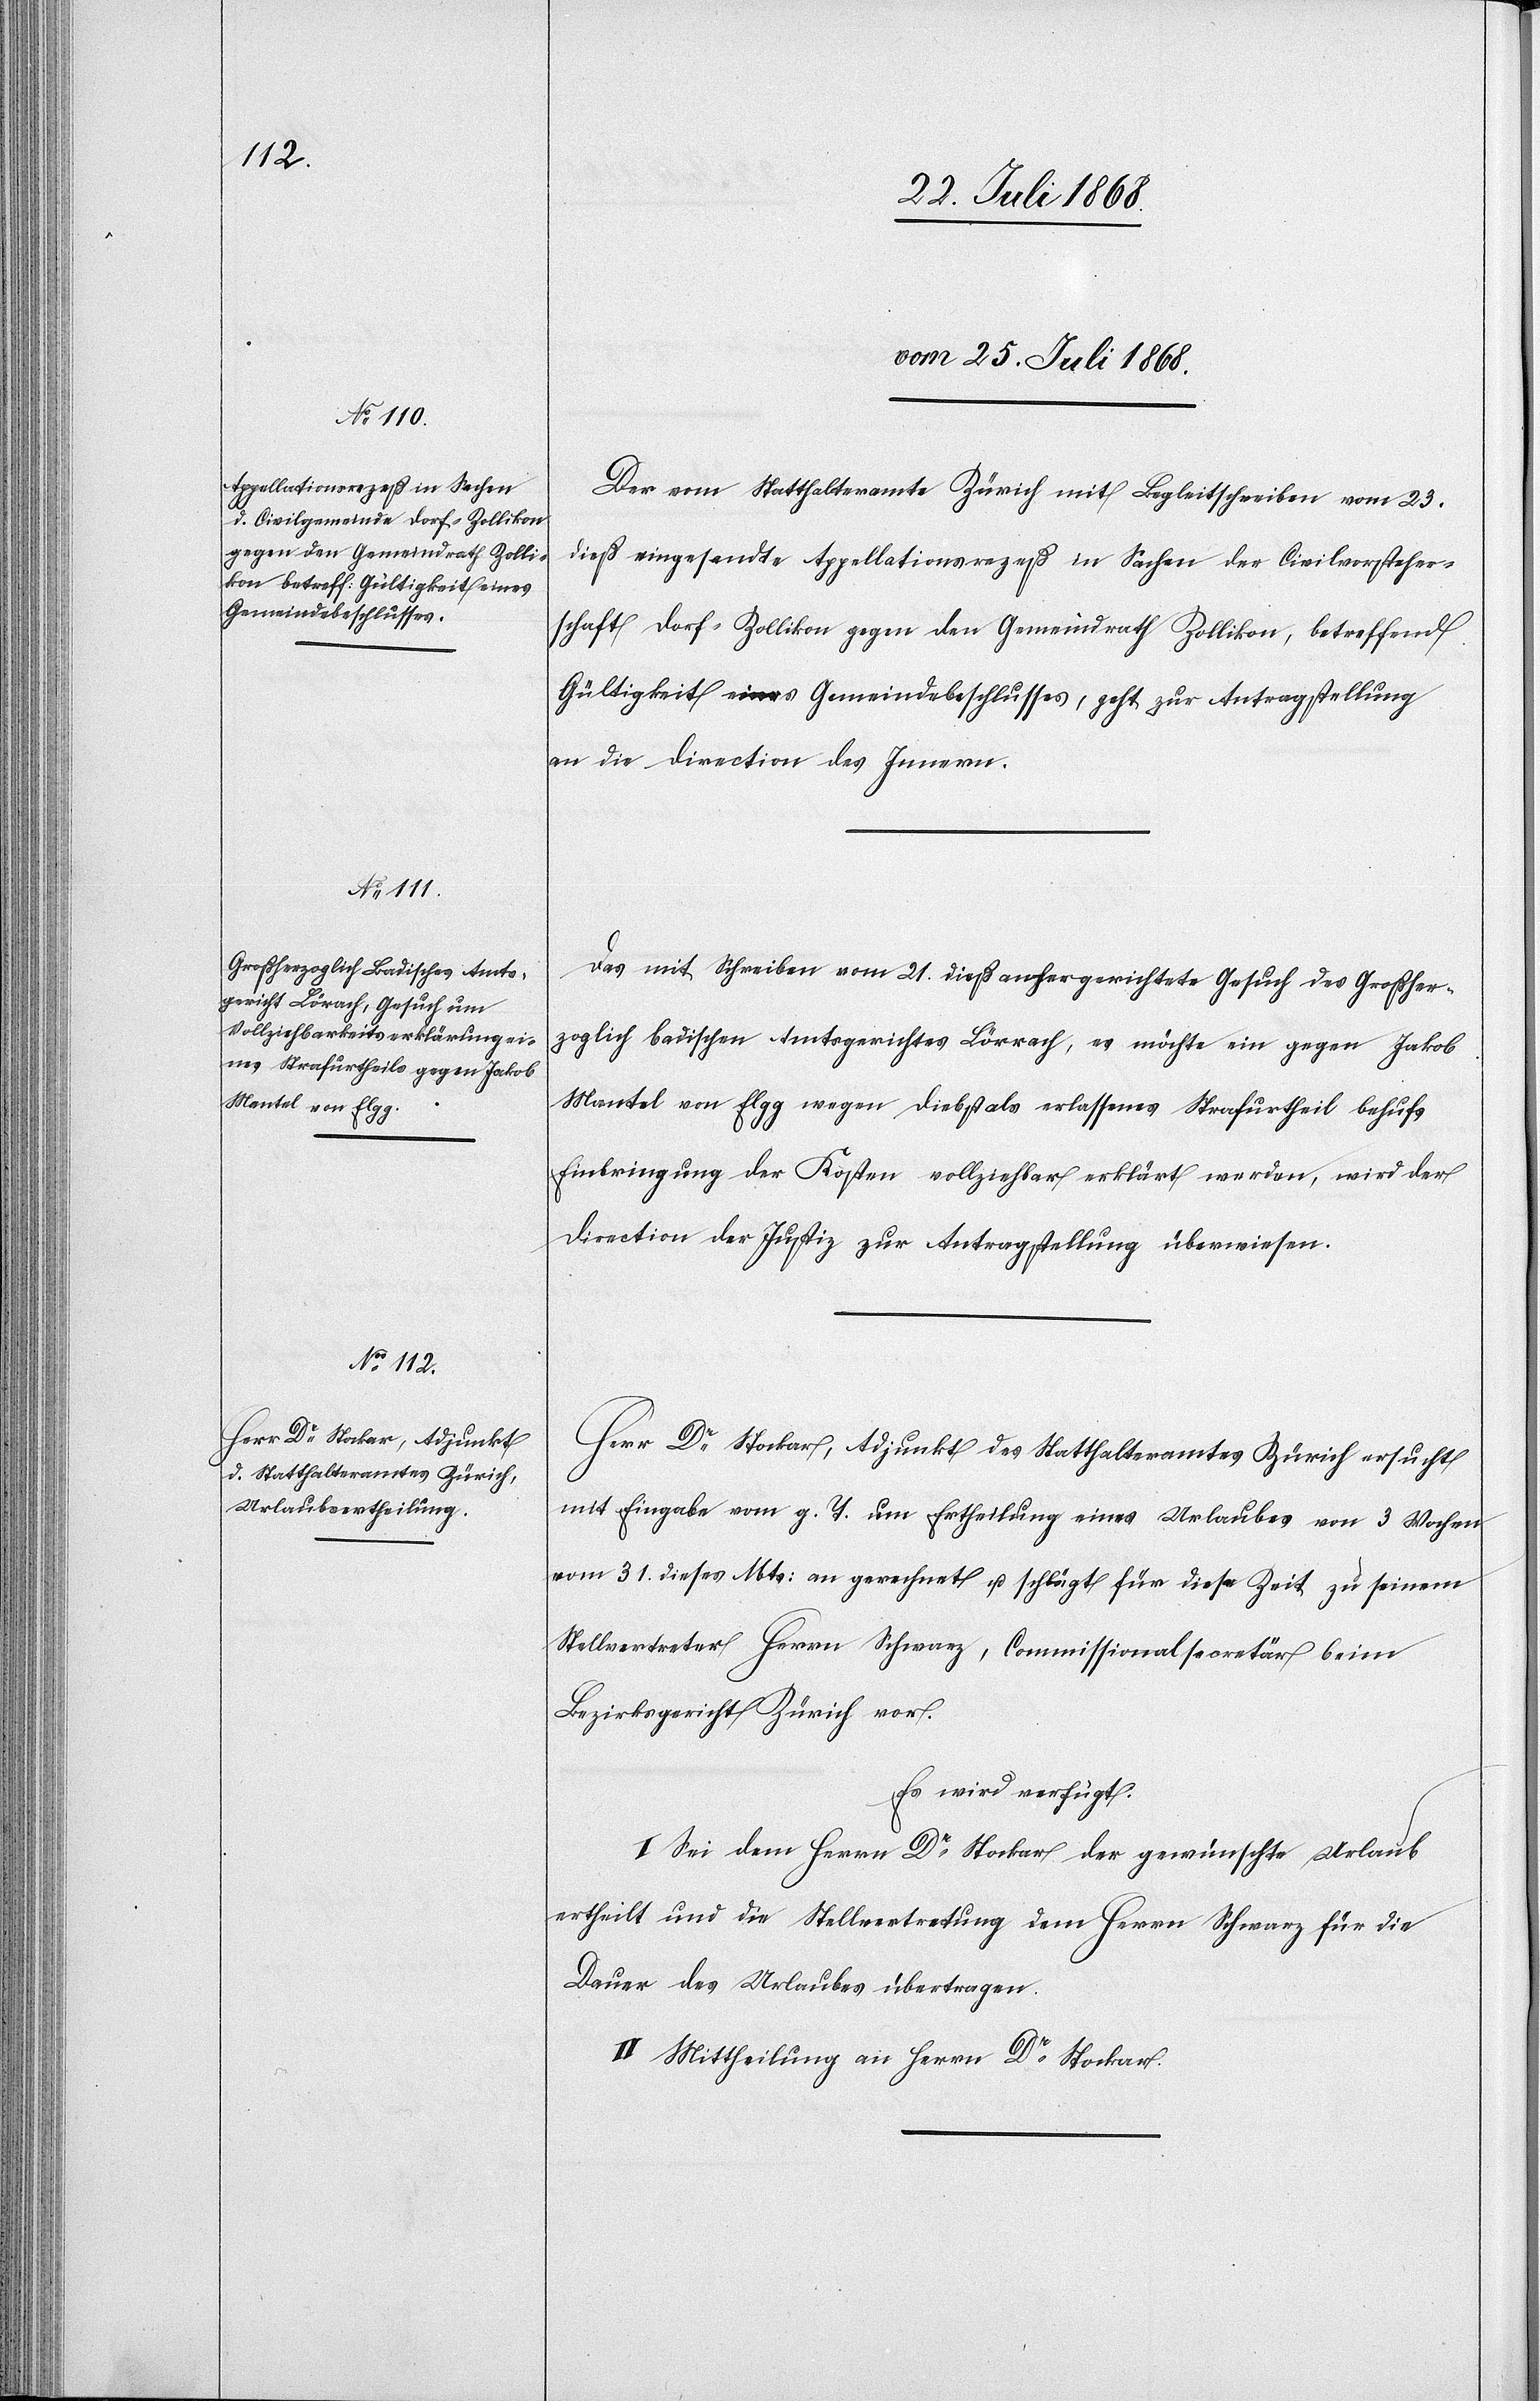
vom 25. Juli 1868.]
Der vom Statthalteramte Zürich mit Begleitschreiben vom 23.
dieß eingesandte Appellationsrezeß in Sachen der Civilvorsteher¬
schaft Dorf - Zollikon gegen den Gemeindrath Zollikon, betreffend
Gültigkeit eines Gemeindebeschlusses, geht zur Antragstellung
an die Direction des Innern.
Das mit Schreiben vom 21. dieß anhergerichtete Gesuch des Großher¬
zoglich badischen Amtsgerichtes Lörrach, es möchte ein gegen Jakob
Mantel von Elgg wegen Diebstals erlassenes Strafurtheil behufs
Einbringung der Kosten vollziehbar erklärt werden, wird der
Direction der Justiz zur Antragstellung überwiesen.
Herr Dr Stockar, Adjunkt des Statthalteramtes Zürich ersucht
mit Eingabe vom g. T. um Ertheilung eines Urlaubes von 3 Wochen
vom 31. dieses Mts: an gerechnet u. schlägt für diese Zeit zu seinem
Stellvertreter Herrn Schwarz, Commissionalsecretär beim
Bezirksgericht Zürich vor.
Es wird verfügt:
I. Sei dem Herrn Dr Stockar der gewünschte Urlaub
ertheilt und die Stellvertretung dem Herrn Schwarz für die
Dauer des Urlaubes übertragen.
II. Mittheilung an Herrn Dr Stockar.